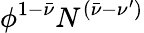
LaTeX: \phi^{1-\bar{\nu}}N^{(\bar{\nu}-\nu^{\prime})}